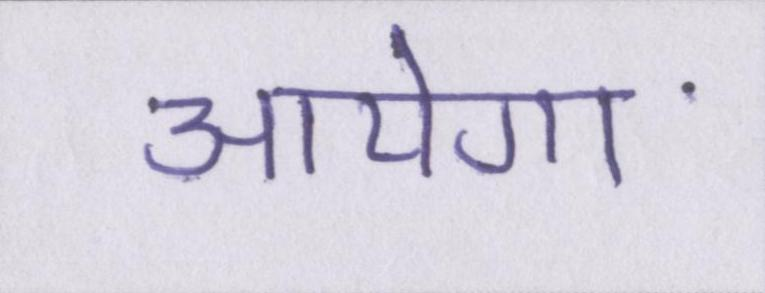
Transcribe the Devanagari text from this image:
आयेगा